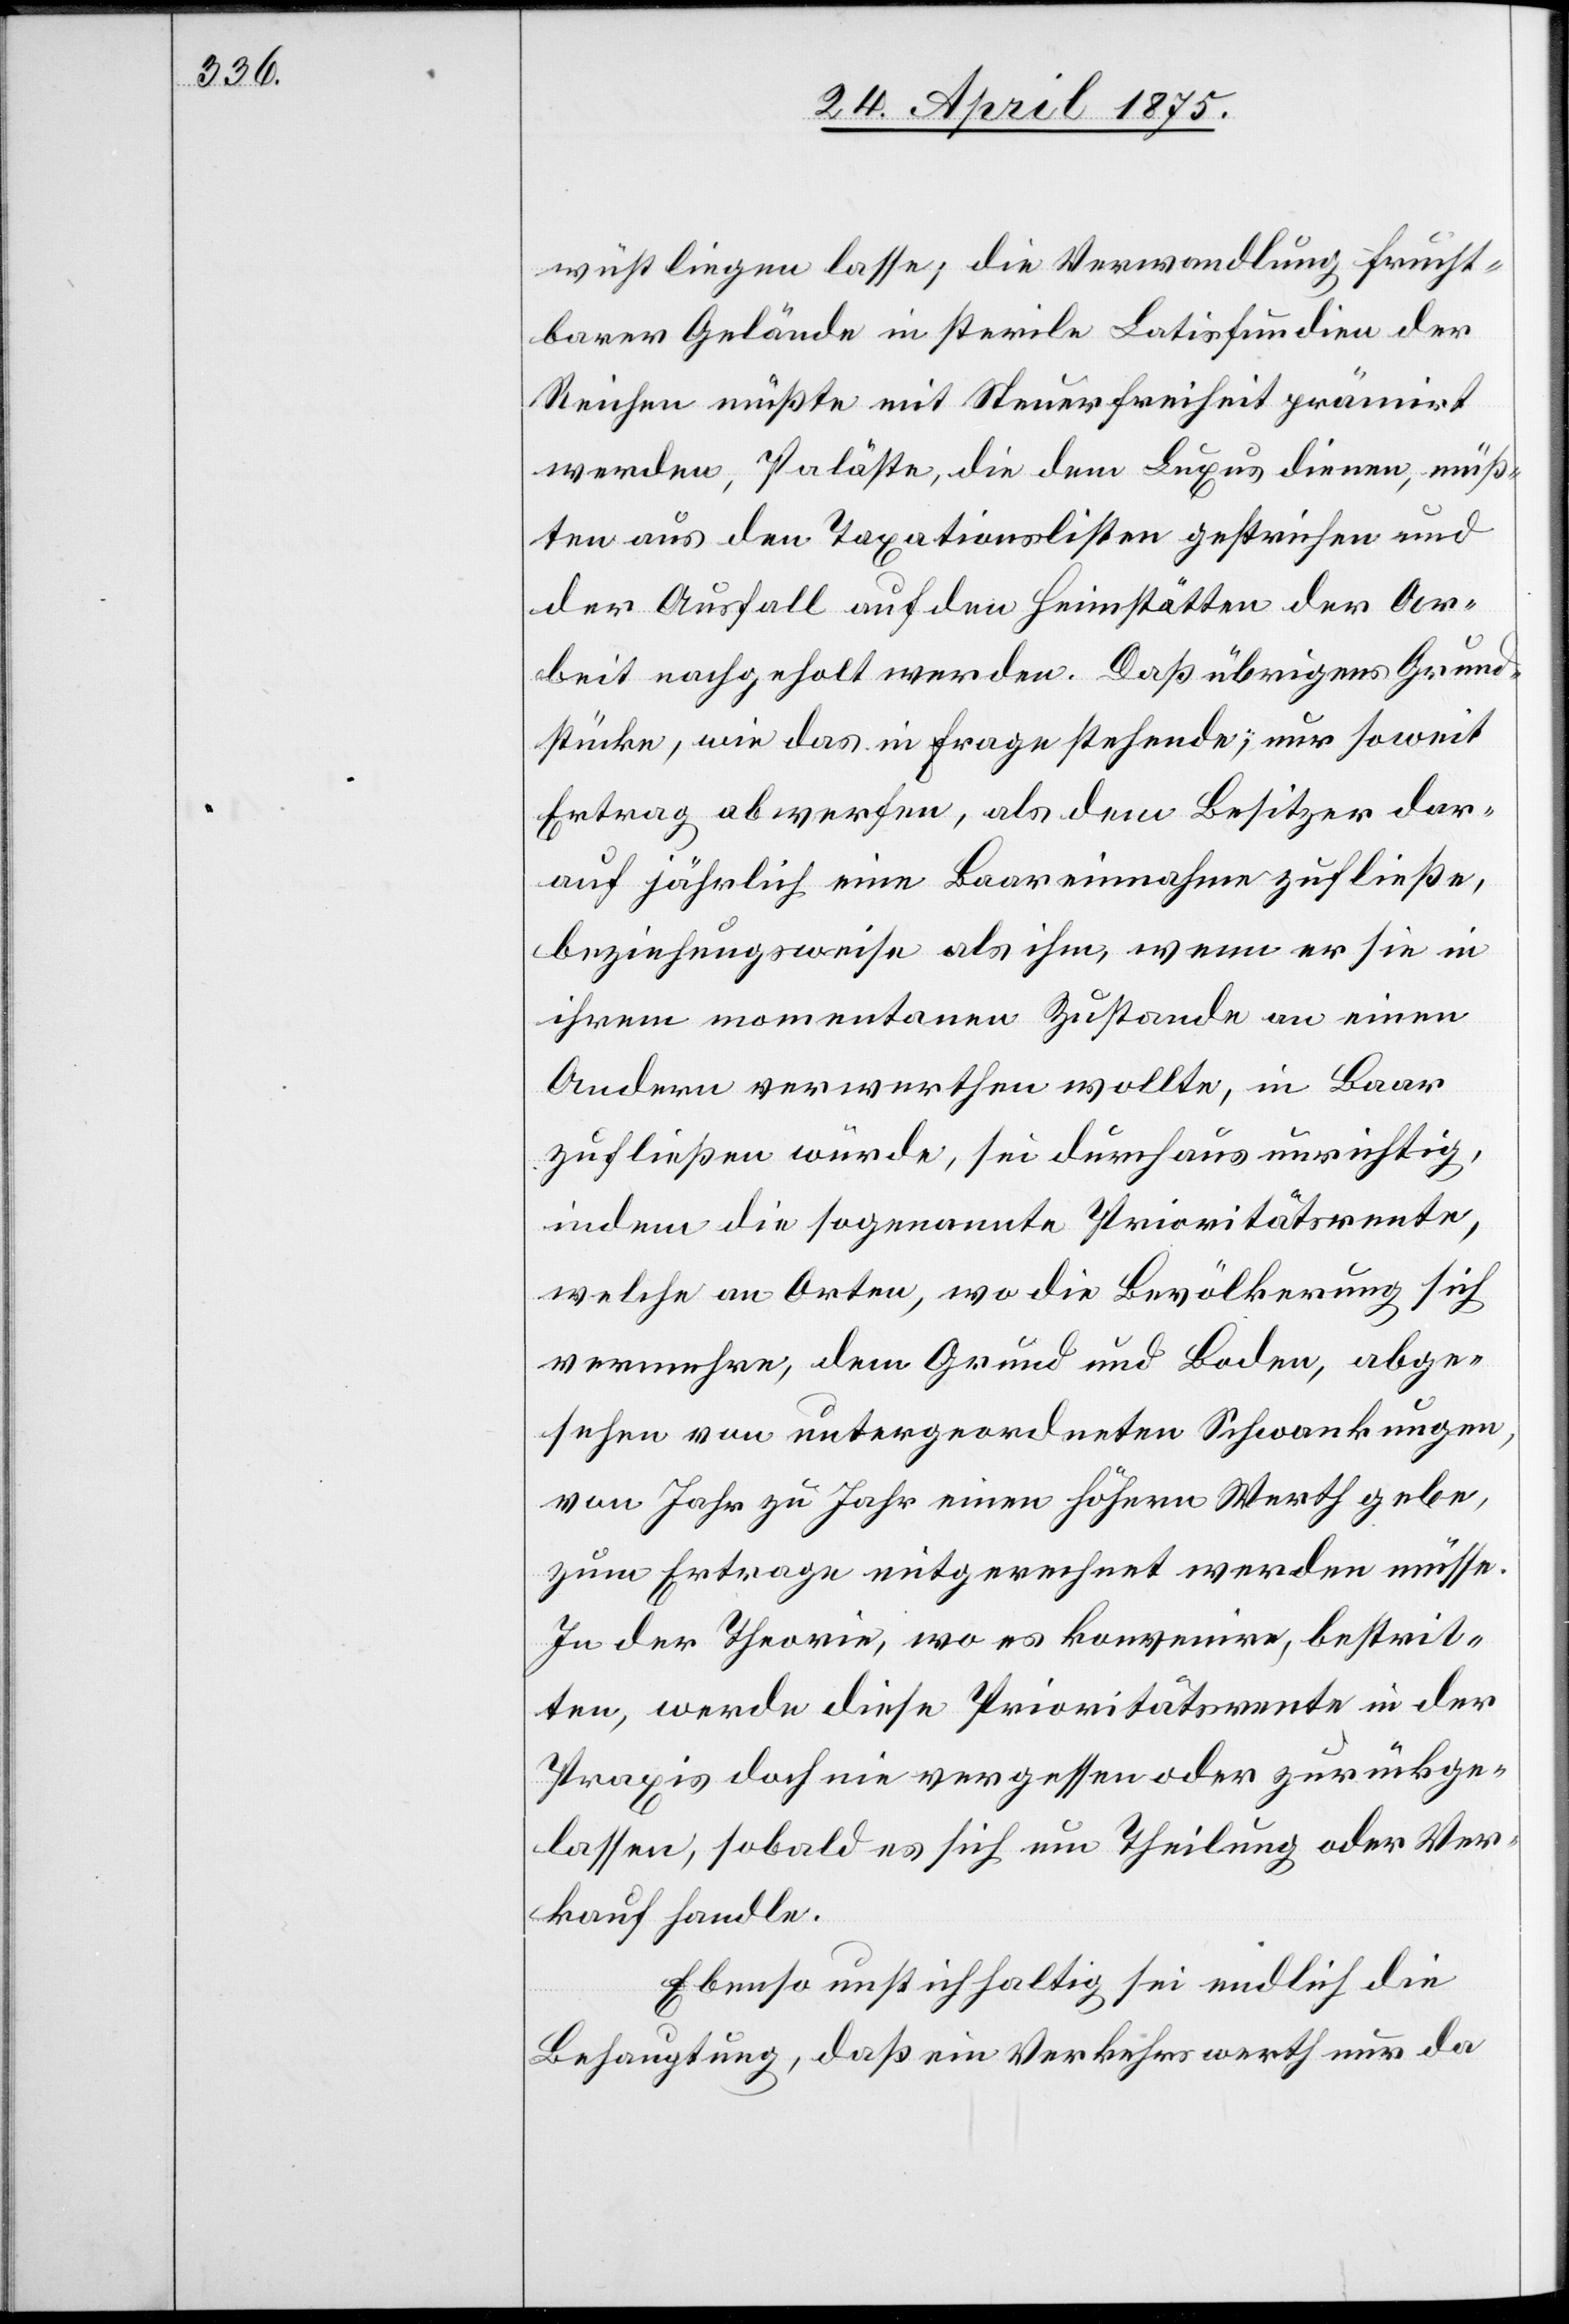
wüst liegen lasse, die Verwandlung frucht¬
barer Gelände in sterile Latisfundien der
Reichen müßte mit Steuerfreiheit prämirt
werden, Paläste, die dem Luxus dienen, müß¬
ten aus den Taxationslisten gestrichen und
der Ausfall auf den Heimstätten der Ar¬
beit nachgeholt werden. Daß übrigens Grund¬
stücke, wie das in Frage stehende, nur soweit
Ertrag abwerfen, als dem Besitzer dar¬
auf jährlich eine Baareinnahme zuließe,
beziehungsweise als ihm, wenn er sie in
ihrem momentanen Zustande an einen
Andern verwerthen wollte, in Baar
zufließen würde, sei durchaus unrichtig,
indem die sogenannte Prioritätsrente,
welche an Orten, wo die Bevölkerung sich
vermehre, dem Grund und Bode, abge¬
sehen von untergeordneten Schwankungen,
von Jahr zu Jahr einen höhern Werth gebe,
zum Ertrage mitgerechnet werden müsse.
In der Theorie, wo es konvenire, bestrit¬
ten, werde diese Prioritätsrente in der
Praxis doch nie vergessen oder zurückge¬
lassen, sobald es sich um Theilung oder Ver¬
kauf handle.
Ebenso unstichhaltig sei endlich die
Behauptung, daß ein Verkehrswerth nur da